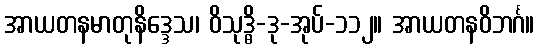
အာယတနမာတုနိဒ္ဒေသ၊ ဝိသုဒ္ဓိ-ဒု-အုပ်-၁၁၂။ အာယတနဝိဘင်္ဂ။